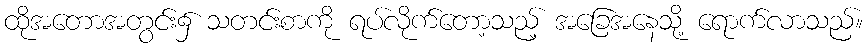
ထိုအတောအတွင်း၌ သတင်းစာကို ရပ်လိုက်တော့သည့် အခြေအနေသို့ ရောက်လာသည်။